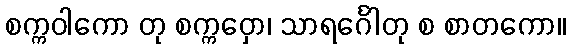
စက္ကဝါကော တု စက္ကဝှော၊ သာရင်္ဂေါတု စ စာတကော။